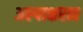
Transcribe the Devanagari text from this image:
अल्पाक्षरत्व